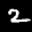
Label: 2